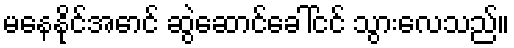
မနေနိုင်အောင် ဆွဲဆောင်ခေါ်ငင် သွားလေသည်။